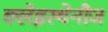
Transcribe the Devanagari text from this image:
क्लेइस्थेनीज